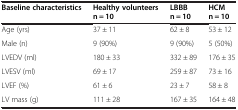
<table><thead><tr><td><b>Baseline characteristics</b></td><td><b>Healthy volunteers n = 10</b></td><td><b>LBBB n = 10</b></td><td><b>HCM n = 10</b></td></tr></thead><tbody><tr><td>Age (yrs)</td><td>37 ± 11</td><td>62 ± 8</td><td>53 ± 12</td></tr><tr><td>Male (n)</td><td>9 (90%)</td><td>9 (90%)</td><td>5 (50%)</td></tr><tr><td>LVEDV (ml)</td><td>180 ± 33</td><td>332 ± 89</td><td>176 ± 35</td></tr><tr><td>LVESV (ml)</td><td>69 ± 17</td><td>259 ± 87</td><td>73 ± 16</td></tr><tr><td>LVEF (%)</td><td>61 ± 6</td><td>23 ± 7</td><td>58 ± 8</td></tr><tr><td>LV mass (g)</td><td>111 ± 28</td><td>167 ± 35</td><td>164 ± 48</td></tr></tbody></table>